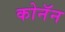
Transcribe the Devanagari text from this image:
कोनॅन